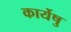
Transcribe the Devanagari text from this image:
कार्येषु